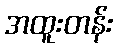
အထူးတန်း